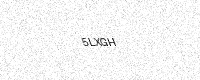
Text: 5LXGH